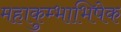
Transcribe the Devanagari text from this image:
महाकुम्भाभिषेक